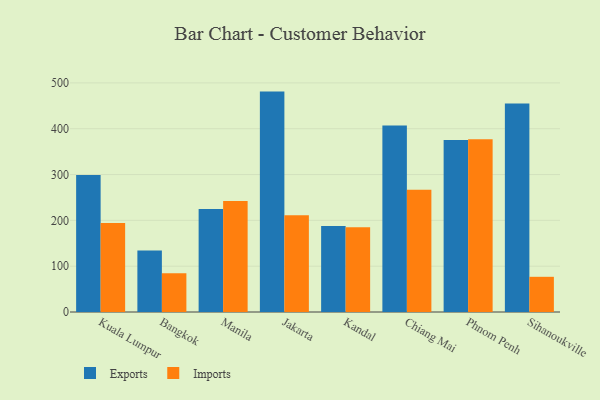
{"axis": {"x": "City", "y": "Population (Million)"}, "legend": ["Exports", "Imports"], "data": [{"x": "Kuala Lumpur", "y": 299.2, "type": "Exports"}, {"x": "Kuala Lumpur", "y": 194.1, "type": "Imports"}, {"x": "Bangkok", "y": 134.3, "type": "Exports"}, {"x": "Bangkok", "y": 84.4, "type": "Imports"}, {"x": "Manila", "y": 224.8, "type": "Exports"}, {"x": "Manila", "y": 242.2, "type": "Imports"}, {"x": "Jakarta", "y": 481.0, "type": "Exports"}, {"x": "Jakarta", "y": 211.2, "type": "Imports"}, {"x": "Kandal", "y": 187.9, "type": "Exports"}, {"x": "Kandal", "y": 185.1, "type": "Imports"}, {"x": "Chiang Mai", "y": 406.8, "type": "Exports"}, {"x": "Chiang Mai", "y": 266.8, "type": "Imports"}, {"x": "Phnom Penh", "y": 375.5, "type": "Exports"}, {"x": "Phnom Penh", "y": 376.8, "type": "Imports"}, {"x": "Sihanoukville", "y": 455.2, "type": "Exports"}, {"x": "Sihanoukville", "y": 76.8, "type": "Imports"}]}